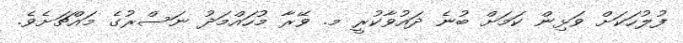
ފުލުހަކަށް ވަޅިން ކަމަށް ބުނެ ދައުވާކުރީ މ. ވޭރާ މުހައްމަދު ނަސްރުގެ މައްޗަށެވެ.